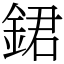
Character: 𨧡